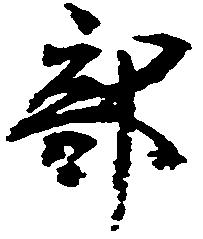
部